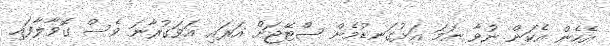
އެހެން އެކަން ނުވާ ނަމަ އަޅުގަނޑުމެން ސްޓޭޖަށް އަރައި އަވަގުރާނަ ވެސް ގޮވާލާފައި